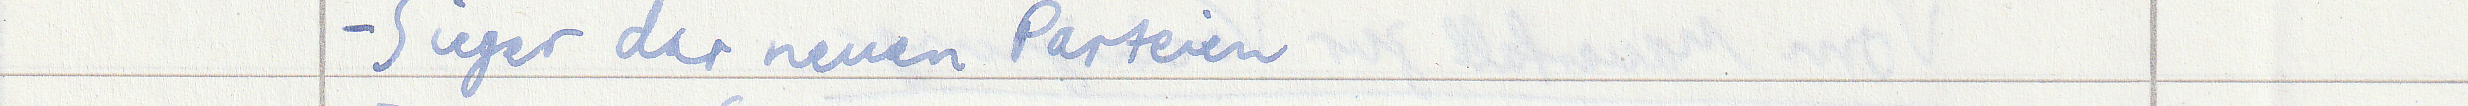
- Sieger der neuen Parteien